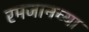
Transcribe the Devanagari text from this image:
रमजानच्या